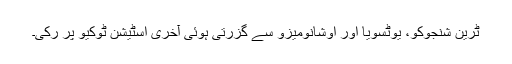
ٹرین شنجوکو، یوٹسویا اور اوشانومیزو سے گزرتی ہوئی آخری اسٹیشن ٹوکیو پر رکی۔